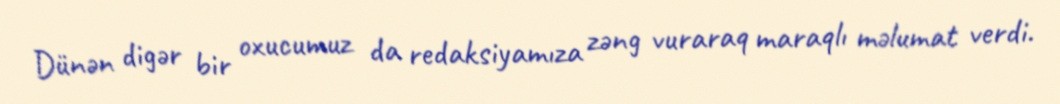
Dünən digər bir oxucumuz da redaksiyamıza zəng vuraraq maraqlı məlumat verdi.